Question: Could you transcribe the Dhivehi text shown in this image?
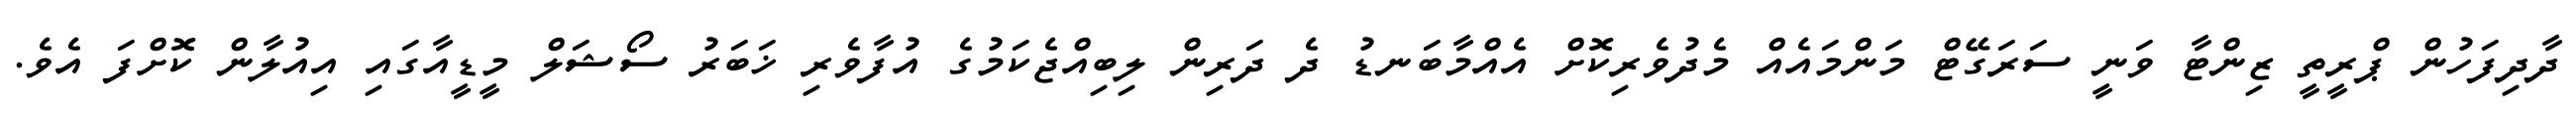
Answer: ދާދިފަހުން ޕްރީތީ ޒިންޓާ ވަނީ ސަރަގޭޓް މަންމައެއް މެދުވެރިކޮށް އެއްމާބަނޑު ދެ ދަރިން ލިބިއްޖެކަމުގެ އުފާވެރި ޚަބަރު ސޯޝަލް މީޑީއާގައި އިއުލާން ކޮށްފަ އެވެ.